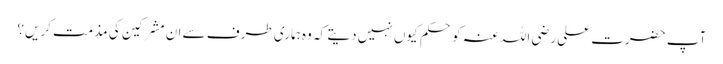
آپ حضرت علی رضی اللہ عنہ کو حکم کیوں نہیں دیتے کہ وہ ہماری طرف سے ان مشرکین کی مذمت کریں؟